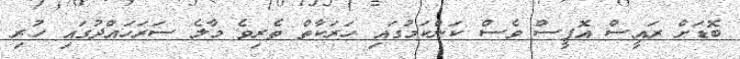
ބޮޑަށް ރައީސް އޮފީސް ވެސް ކަންކަމުގައި ހަރަކާތް ތެރިވެ މާލެ ސަރަހައްދުގައި ހުރި